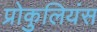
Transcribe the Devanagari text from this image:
प्रोकुलियंस